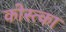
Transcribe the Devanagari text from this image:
कोस्त्का